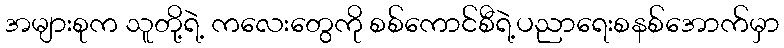
အများစုက သူတို့ရဲ့ ကလေးတွေကို စစ်ကောင်စီရဲ့ပညာရေးစနစ်အောက်မှာ